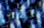
الناس